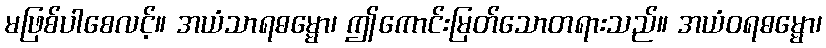
မဖြစ်ပါစေလင့်။ အယံသာရဓမ္မော၊ ဤကောင်းမြတ်သောတရားသည်။ အယံဝရဓမ္မော၊